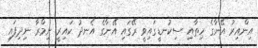
އިންއިރު އޭނާގެ ހިތާއި ސިކުނޑީގައިވީ ރޭގައި އޭނާގެ އެނދު ކައިރީ ނިމްރާ ނިދިފައި